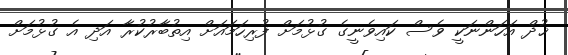
ޚުދް އަހަންނަކީ ވެސް ކައިވެނީގެ ގުޅުމަށް ފުރިހަމައަށް އިތުބާރުކުރާ އަދި އެ ގުޅުމަށް